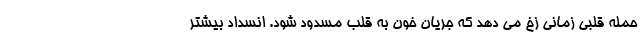
حمله قلبی زمانی زخ می دهد که جریان خون به قلب مسدود شود. انسداد بیشتر